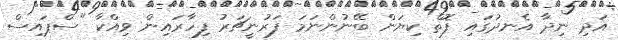
އަދި ނިދާ އެނދުގައި ފޮތް ކިޔަން ބޭނުންނަމަ ފަރުނީޗަރު ފިހާރައިން ވިއްކާ "ސްޕައިސް